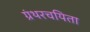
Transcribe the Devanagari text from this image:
ग्रंथरचयिता